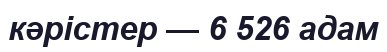
кәрістер — 6 526 адам